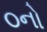
૦નો